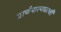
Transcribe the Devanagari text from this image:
प्रार्थनास्थळाची